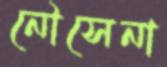
নৌসেনা